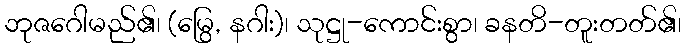
ဘုဇဂေါမည်၏၊ (မြွေ, နဂါး)၊ သုဋ္ဌု-ကောင်းစွာ၊ ခနတိ-တူးတတ်၏၊